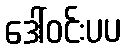
ဒေါ်ဝင်းပပ